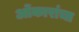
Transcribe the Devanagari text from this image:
ओंकारांचा